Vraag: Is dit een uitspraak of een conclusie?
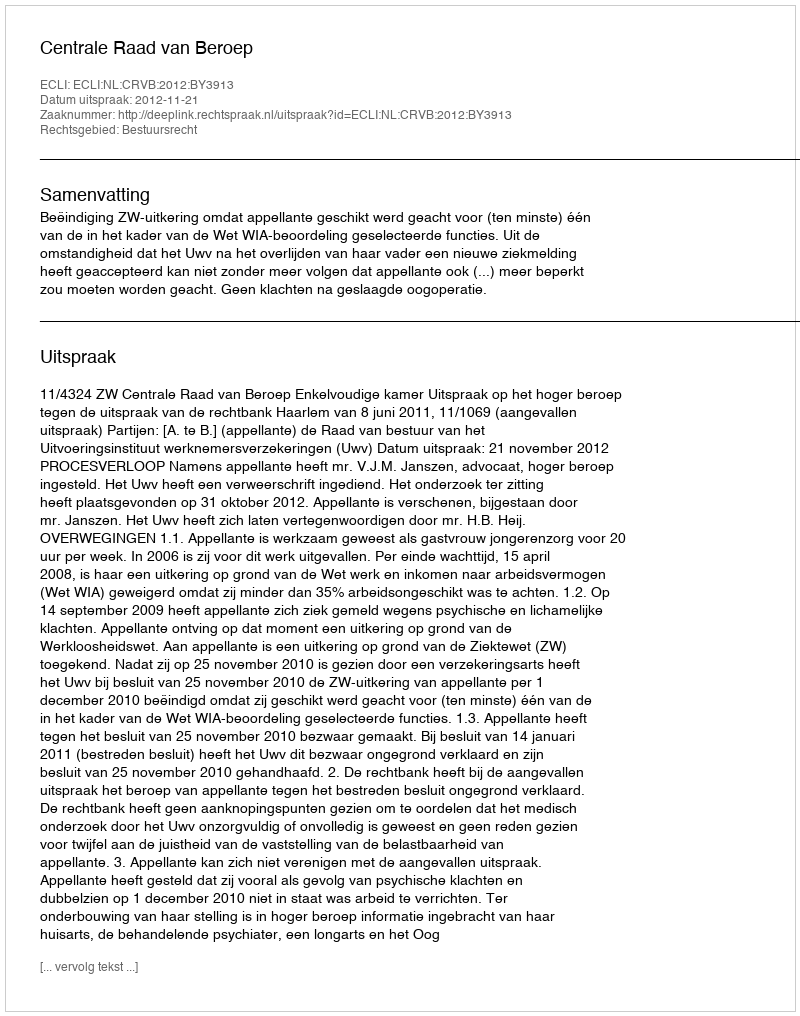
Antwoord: Uitspraak